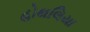
હોથલિયા